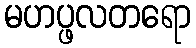
မဟပ္ဖလတရော